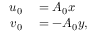
\begin{array} { r l } { u _ { 0 } } & { { } = A _ { 0 } x } \\ { v _ { 0 } } & { { } = - A _ { 0 } y , } \end{array}